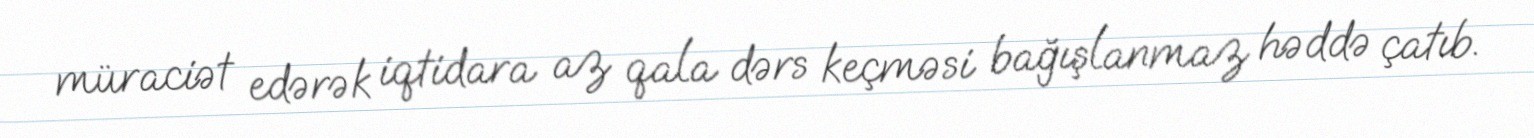
müraciət edərək iqtidara az qala dərs keçməsi bağışlanmaz həddə çatıb.